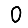
Digit: 0